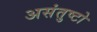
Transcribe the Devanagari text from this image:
असंतुष्टो